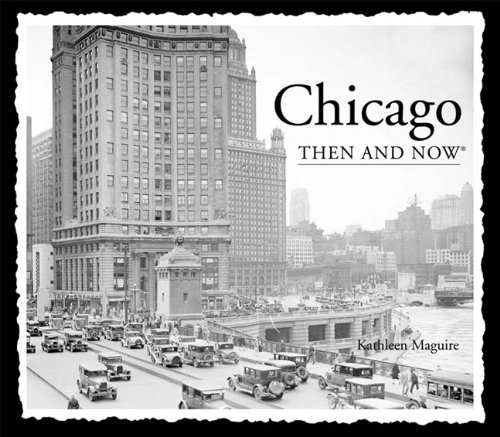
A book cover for Chicago Then and Now (Then & Now Thunder Bay); Kathleen Maguire; Arts & Photography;